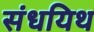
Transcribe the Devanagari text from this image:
संधयिथ